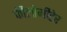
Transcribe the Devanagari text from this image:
कीलोमीटेर